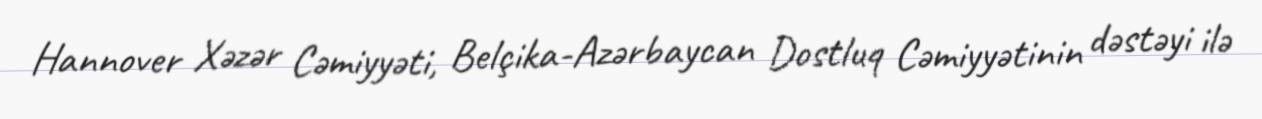
Hannover Xəzər Cəmiyyəti, Belçika-Azərbaycan Dostluq Cəmiyyətinin dəstəyi ilə